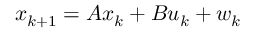
x _ { k + 1 } = A x _ { k } + B u _ { k } + w _ { k }